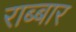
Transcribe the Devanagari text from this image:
राब्बार